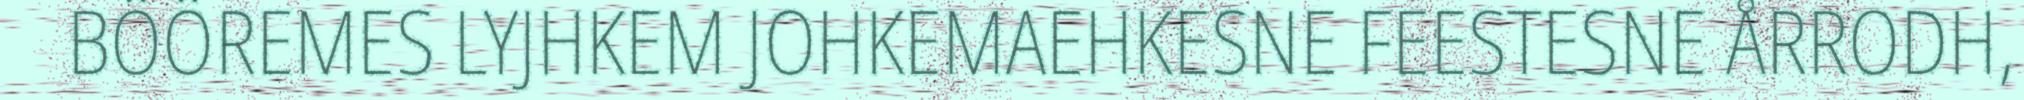
BÖÖREMES LYJHKEM JOHKEMAEHKESNE FEESTESNE ÅRRODH,